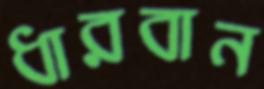
ধারবান